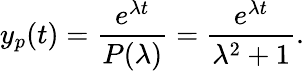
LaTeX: y_{p}(t)={\frac{e^{\lambda t}}{P(\lambda)}}={\frac{e^{\lambda t}}{\lambda^{2}+1}}.